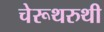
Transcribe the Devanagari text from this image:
चेरूथरुथी